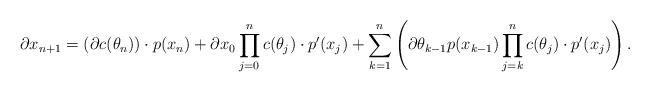
LaTeX: \begin{align*}\partial x_{n+1} = \left( \partial c(\theta_n) \right) \cdot p(x_n) + \partial x_0 \prod \limits_{j = 0}^n c(\theta_j) \cdot p'(x_j)+ \sum \limits_{k = 1}^n \left( \partial \theta_{k-1} p(x_{k-1}) \prod \limits_{j = k}^n c(\theta_j) \cdot p'(x_j) \right).\end{align*}